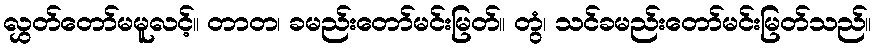
လွှတ်တော်မမူလင့်။ တာတ၊ ခမည်းတော်မင်းမြတ်။ တွံ၊ သင်ခမည်းတော်မင်းမြတ်သည်။